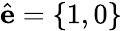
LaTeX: \hat{\mathbf{e}}=\left\{ 1,0\right\}